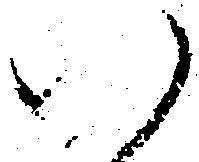
い